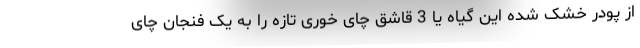
از پودر خشک شده این گیاه یا 3 قاشق چای خوری تازه را به یک فنجان چای